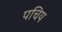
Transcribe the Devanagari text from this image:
पचिय